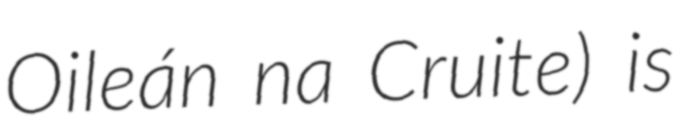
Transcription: Oileán na Cruite) is